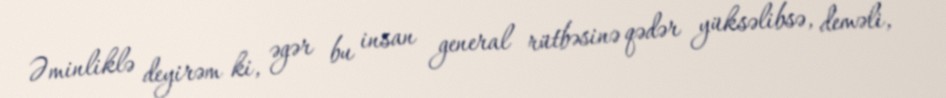
Əminliklə deyirəm ki, əgər bu insan general rütbəsinə qədər yüksəlibsə, deməli,